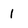
Character: 1